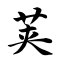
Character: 荚